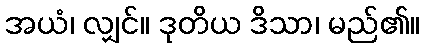
အယံ၊ လျှင်။ ဒုတိယ ဒိသာ၊ မည်၏။